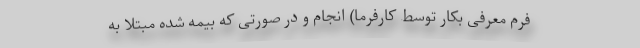
فرم معرفی بکار توسط کارفرما) انجام و در صورتی که بیمه شده مبتلا به